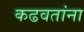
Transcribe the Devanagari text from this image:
कढवतांना